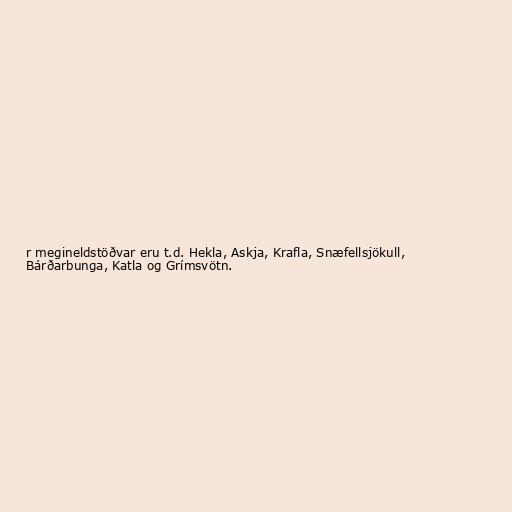
r megineldstöðvar eru t.d. Hekla, Askja, Krafla, Snæfellsjökull,
Bárðarbunga, Katla og Grímsvötn.